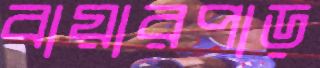
বায়ারপাড়